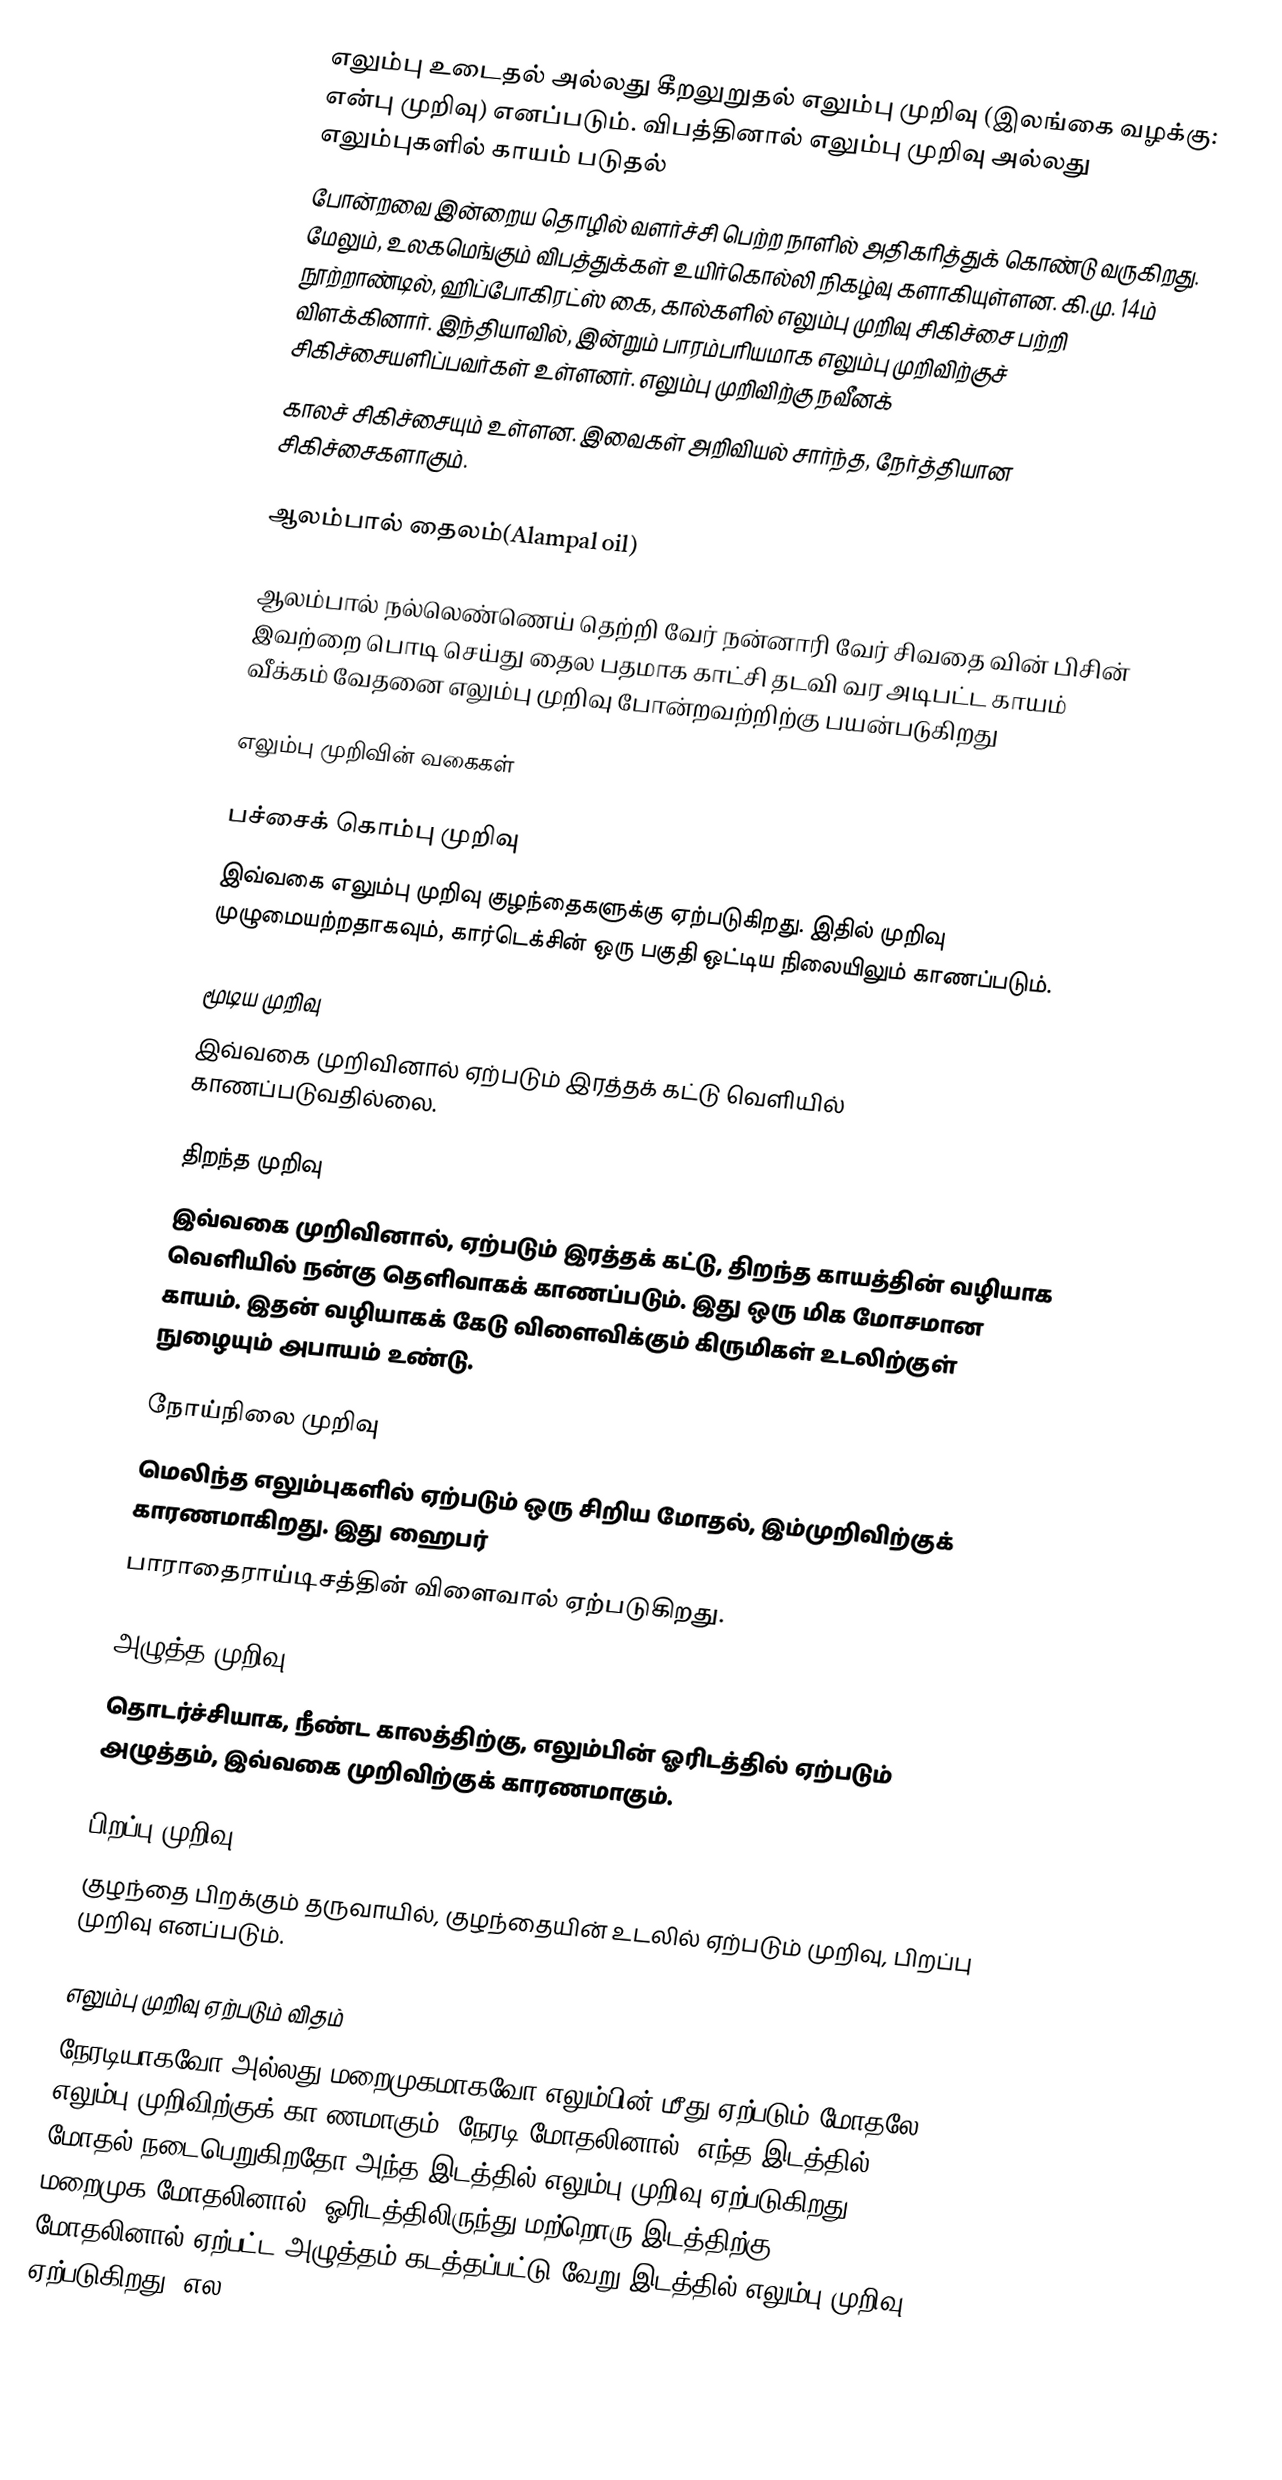
எலும்பு உடைதல் அல்லது கீறலுறுதல் எலும்பு முறிவு (இலங்கை வழக்கு: என்பு முறிவு) எனப்படும். விபத்தினால் எலும்பு முறிவு அல்லது எலும்புகளில் காயம் படுதல்
போன்றவை இன்றைய தொழில் வளர்ச்சி பெற்ற நாளில் அதிகரித்துக் கொண்டு வருகிறது. மேலும், உலகமெங்கும் விபத்துக்கள் உயிர்கொல்லி நிகழ்வு களாகியுள்ளன. கி.மு. 14ம் நூற்றாண்டில், ஹிப்போகிரட்ஸ் கை, கால்களில் எலும்பு முறிவு சிகிச்சை பற்றி விளக்கினார். இந்தியாவில், இன்றும் பாரம்பரியமாக எலும்பு முறிவிற்குச் சிகிச்சையளிப்பவர்கள் உள்ளனர். எலும்பு முறிவிற்கு நவீனக்
காலச் சிகிச்சையும் உள்ளன. இவைகள் அறிவியல் சார்ந்த, நேர்த்தியான சிகிச்சைகளாகும்.

ஆலம்பால் தைலம்(Alampal oil)

ஆலம்பால் நல்லெண்ணெய் தெற்றி வேர் நன்னாரி வேர் சிவதை வின் பிசின் இவற்றை பொடி செய்து தைல பதமாக காட்சி தடவி வர அடிபட்ட காயம் வீக்கம் வேதனை எலும்பு முறிவு போன்றவற்றிற்கு பயன்படுகிறது

எலும்பு முறிவின் வகைகள்

பச்சைக் கொம்பு முறிவு
இவ்வகை எலும்பு முறிவு குழந்தைகளுக்கு ஏற்படுகிறது. இதில் முறிவு முழுமையற்றதாகவும், கார்டெக்சின் ஒரு பகுதி ஒட்டிய நிலையிலும் காணப்படும்.

மூடிய முறிவு
இவ்வகை முறிவினால் ஏற்படும் இரத்தக் கட்டு வெளியில் காணப்படுவதில்லை.

திறந்த முறிவு
இவ்வகை முறிவினால், ஏற்படும் இரத்தக் கட்டு, திறந்த காயத்தின் வழியாக வெளியில் நன்கு தெளிவாகக் காணப்படும். இது ஒரு மிக மோசமான காயம். இதன் வழியாகக் கேடு விளைவிக்கும் கிருமிகள் உடலிற்குள் நுழையும் அபாயம் உண்டு.

நோய்நிலை முறிவு
மெலிந்த எலும்புகளில் ஏற்படும் ஒரு சிறிய மோதல், இம்முறிவிற்குக் காரணமாகிறது. இது ஹைபர்
பாராதைராய்டிசத்தின் விளைவால் ஏற்படுகிறது.

அழுத்த முறிவு
தொடர்ச்சியாக, நீண்ட காலத்திற்கு, எலும்பின் ஓரிடத்தில் ஏற்படும் அழுத்தம், இவ்வகை முறிவிற்குக் காரணமாகும்.

பிறப்பு முறிவு
குழந்தை பிறக்கும் தருவாயில், குழந்தையின் உடலில் ஏற்படும் முறிவு, பிறப்பு முறிவு எனப்படும்.

எலும்பு முறிவு ஏற்படும் விதம்
நேரடியாகவோ அல்லது மறைமுகமாகவோ எலும்பின் மீது ஏற்படும் மோதலே எலும்பு முறிவிற்குக் காμணமாகும். நேரடி மோதலினால், எந்த இடத்தில் மோதல் நடைபெறுகிறதோ அந்த இடத்தில் எலும்பு முறிவு ஏற்படுகிறது. மறைமுக மோதலினால், ஓரிடத்திலிருந்து மற்றொரு இடத்திற்கு, மோதலினால் ஏற்பட்ட அழுத்தம் கடத்தப்பட்டு வேறு இடத்தில் எலும்பு முறிவு ஏற்படுகிறது. எல